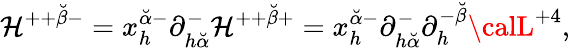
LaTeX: \mathcal{H}^{++{\breve{{\beta}}}-}=x_{h}^{{\breve{{\alpha}}}-}\partial_{h{\breve{{\alpha}}}}^{-}\mathcal{H}^{++{\breve{{\beta}}}+}=x_{h}^{{\breve{{\alpha}}}-}\partial_{h{\breve{{\alpha}}}}^{-}\partial_{h}^{-{\breve{{\beta}}}}{\calL}^{+4},